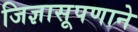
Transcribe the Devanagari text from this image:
जिज्ञासूपणाने